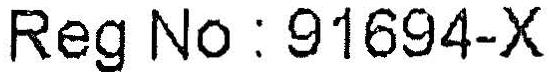
REG NO : 91694-X